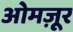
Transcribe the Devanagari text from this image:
ओमज़ूर